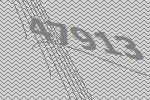
47913